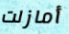
أمازلت